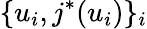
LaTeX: \{ u_{i},j^{*}(u_{i})\} _{i}